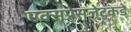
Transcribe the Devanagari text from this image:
एक्सप्रेसजेटकडे